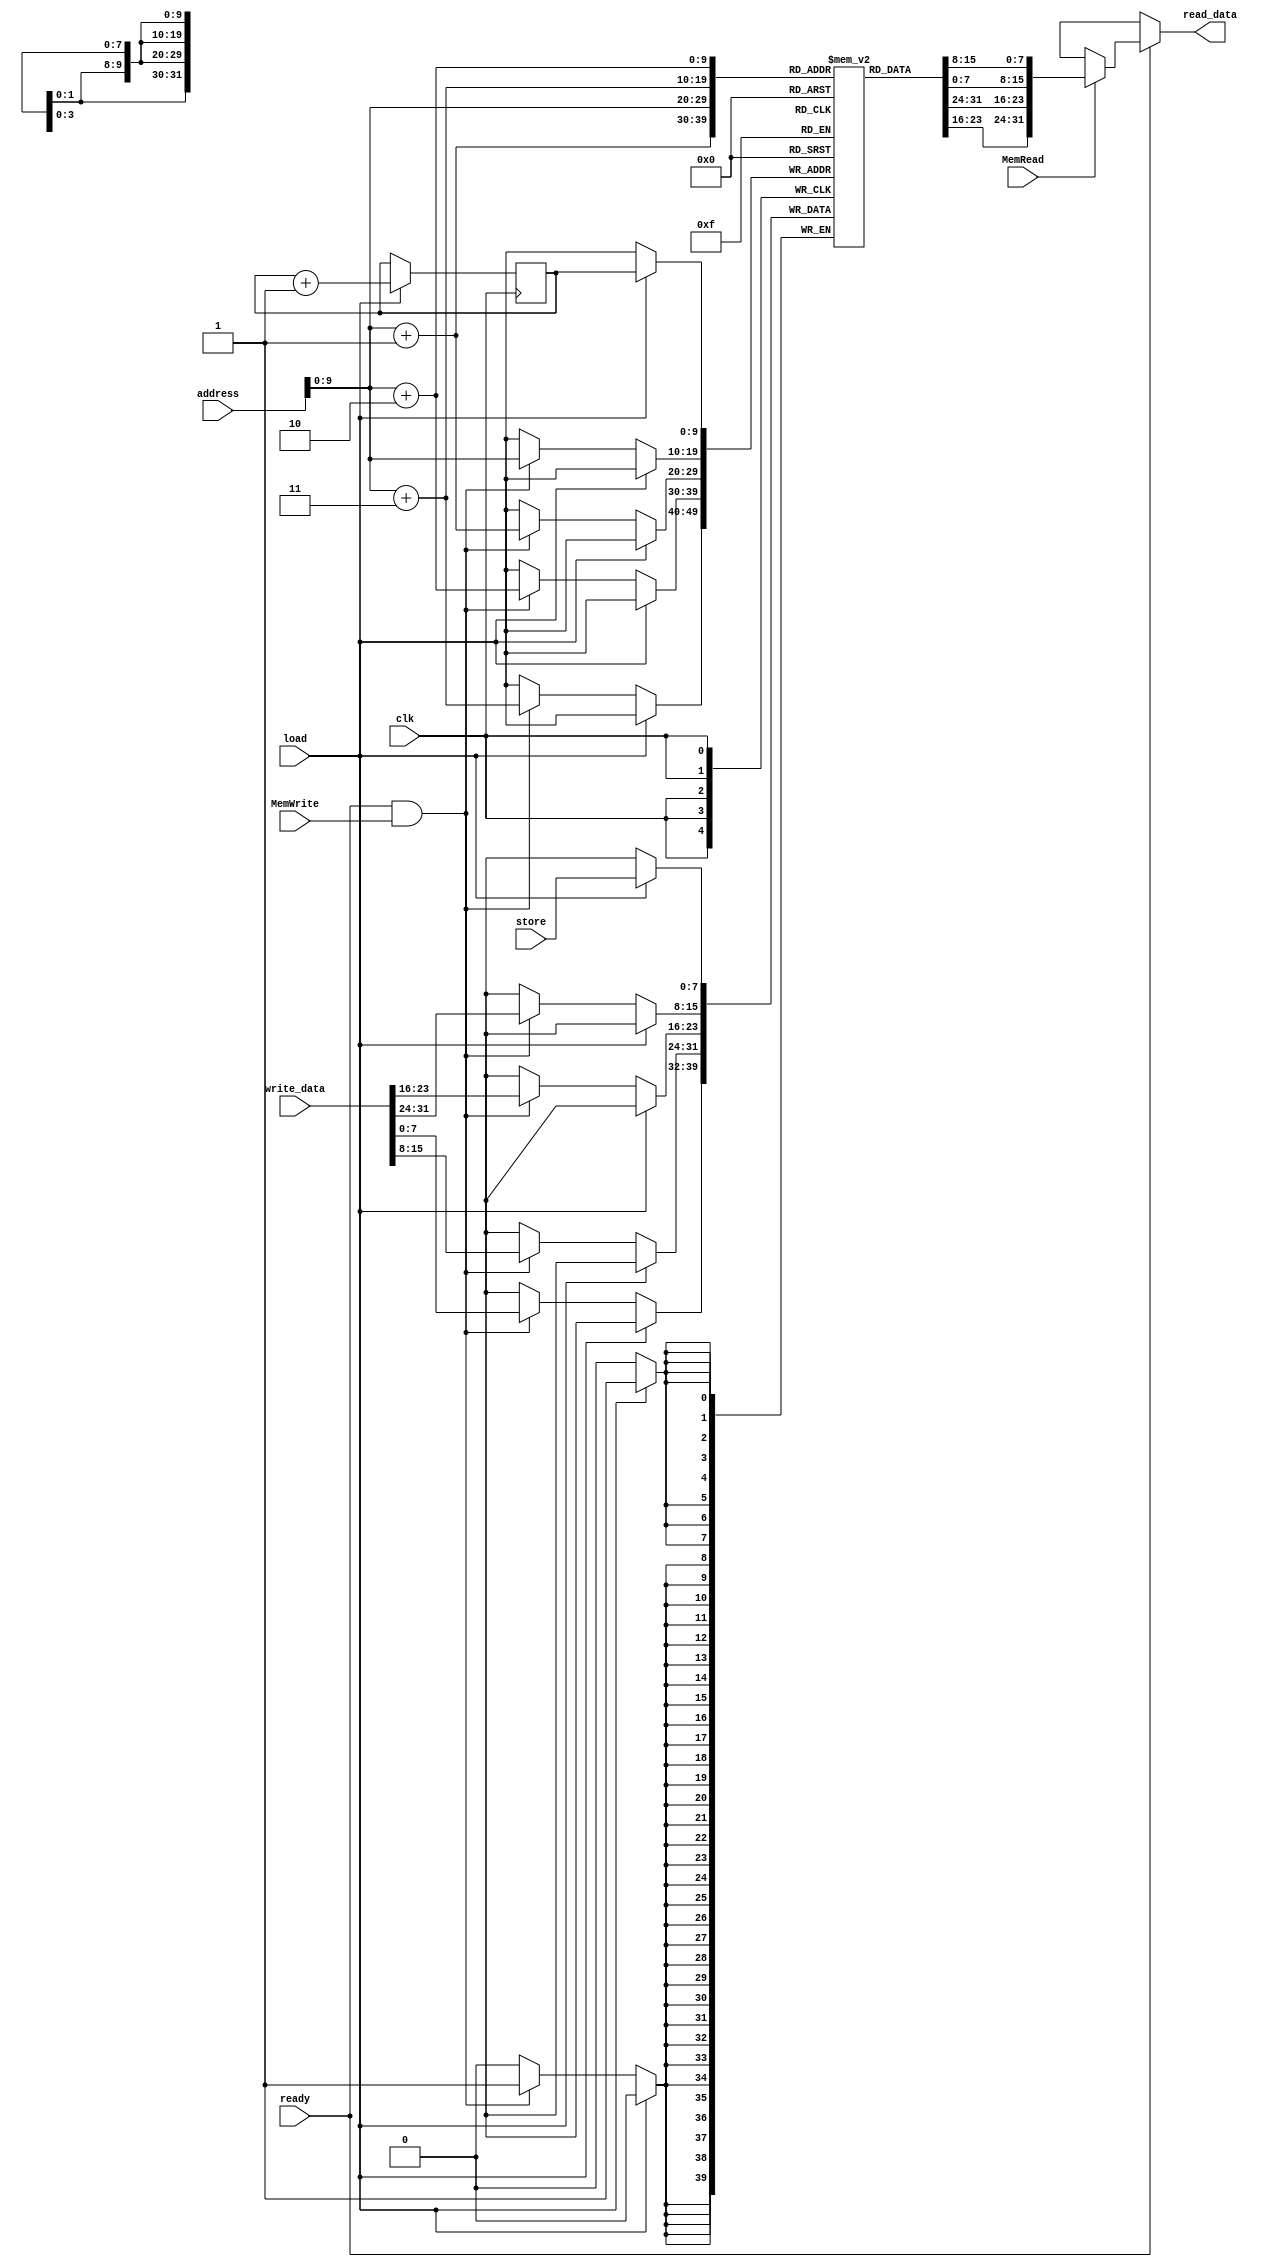
module data_memory(read_data, address, write_data, store, MemWrite, MemRead, load, ready, clk);
  
  output [31:0] read_data;
  input [31:0]address, write_data;
  input [7:0] store;
  input MemWrite, MemRead, load, ready, clk;
  reg [7:0]memory [1023:0];
  reg [9:0] counter = -1;
  
  assign read_data = ready ? (MemRead ? {memory[address],memory[address + 1],memory[address + 2],memory[address + 3]} : 'bx) : 'bx;
  
  always @ (posedge clk)
  begin
    if(load) begin
      memory[counter] <= store;
      counter <= counter+1;
    end
    else if(ready && MemWrite) begin
      memory[address] <= write_data[31:24];
      memory[address+1] <= write_data[23:16];
      memory[address+2] <= write_data[15:8];
      memory[address+3] <= write_data[7:0];
    end
  end
  
endmodule